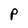
Character: P